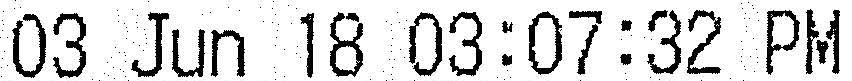
03 JUN 18 03:07:32 PM